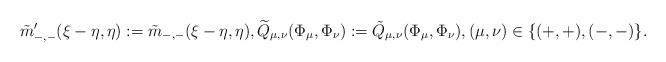
LaTeX: \begin{align*}\tilde{m}'_{-,-}(\xi-\eta, \eta):= \tilde{m}_{-,-}(\xi-\eta, \eta), \widetilde{Q}_{\mu, \nu}(\Phi_{\mu}, \Phi_{\nu}):= \tilde{Q}_{\mu, \nu}(\Phi_{\mu}, \Phi_{\nu}), (\mu, \nu)\in\{(+,+), (-,-)\}.\end{align*}